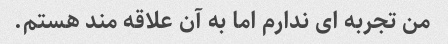
من تجربه ای ندارم اما به آن علاقه مند هستم.